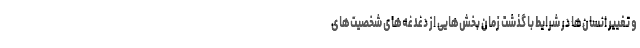
و تغییر انسان‌ها در شرایط با گذشت زمان بخش‌هایی از دغدغه‌های شخصیت‌های